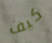
كيف